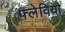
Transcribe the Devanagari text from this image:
फ्लेवियो